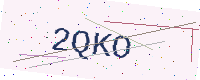
Text: 2QKO